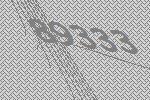
89333